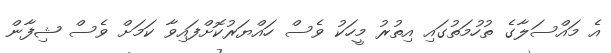
އެ މައްސަލާގެ ތުހުމަތުގައި އިތުރު މީހަކު ވެސް ހައްޔަރުކޮށްފައިވާ ކަމަށް ވެސް ޝިފާން